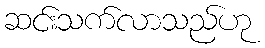
ဆင်းသက်လာသည်ဟု